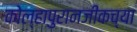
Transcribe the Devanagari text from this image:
कोल्हापुरानजीकच्या